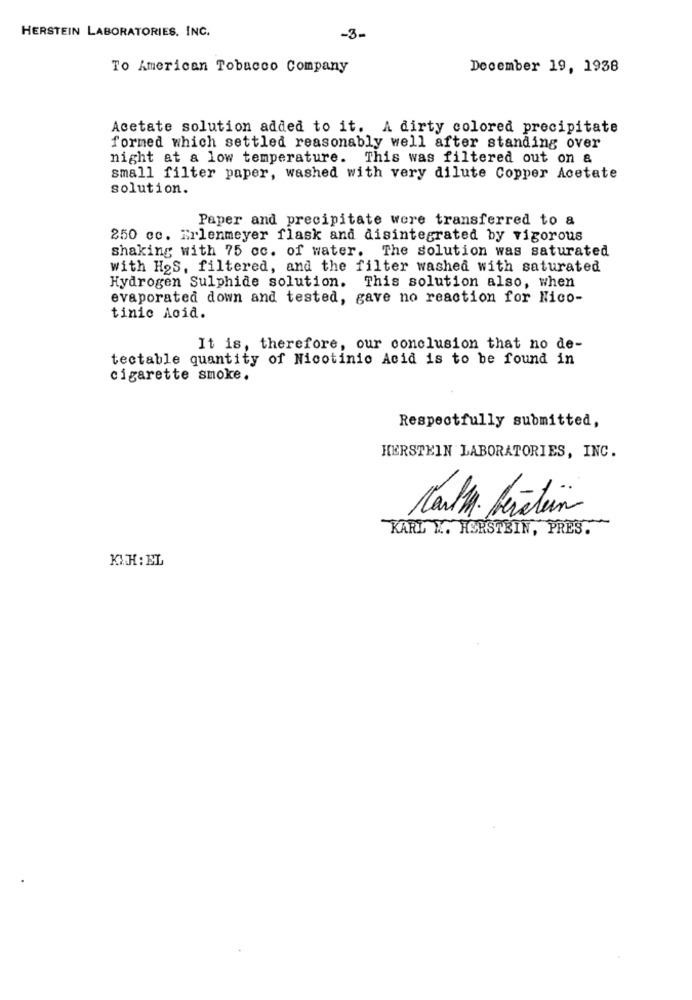
HERSTEIN LABORATORIES. INC.
-3-
To American Tobacco Company
December 19, 1938
Acetate solution added to it. A dirty colored precipitate
formed which settled reasonably well after standing over
night at a low temperature. This was filtered out on &
small filter paper, washed with very dilute Copper Acetate
solution.
Paper and precipitate were transferred to a
250 cc. Erlenmeyer flask and disintegrated by vigorous
shaking with 75 cc. of water. The solution was saturated
with HoS, filtered, and the filter washed with saturated
Hydrogen Sulphide solution. This solution also, when
evaporated down and tested, gave no reaction for Nico-
tinic Acid.
It is, therefore, our conclusion that no de-
tectable quantity of Nicotinic Acid is to be found in
cigarette smoke.
Respectfully submitted,
HERSTEIN LABORATORIES, INC.
Carl . Berstein
KARL X .. HORSTEIN, PRES.
KTH : EL